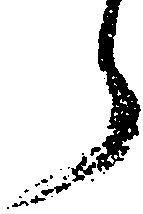
ら